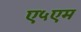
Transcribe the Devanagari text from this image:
ए५एम